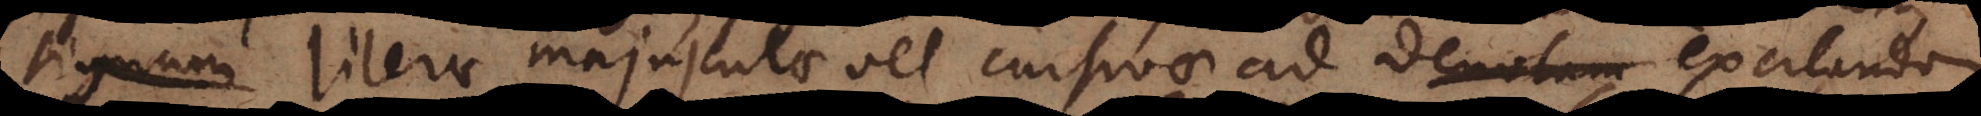
signum literae majusculae vel cursivae ad denotan excitandam